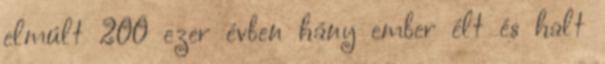
elmúlt 200 ezer évben hány ember élt és halt